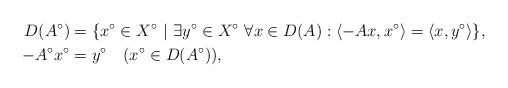
LaTeX: \begin{align*}D(A^{\circ}) & = \{x^{\circ}\in X^{\circ}\ |\ \exists y^{\circ}\in X^{\circ}\ \forall x\in D(A): \langle -Ax,x^{\circ} \rangle=\langle x,y^{\circ} \rangle\},\\ -A^{\circ}x^{\circ}& = y^{\circ} \quad(x^{\circ}\in D(A^{\circ})),\end{align*}